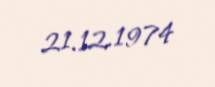
21.12.1974